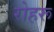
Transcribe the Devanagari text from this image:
रोहरू